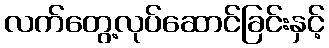
လက်တွေ့လုပ်ဆောင်ခြင်းနှင့်